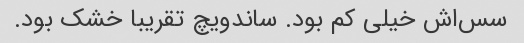
سس‌اش خیلی کم بود. ساندویچ تقریبا خشک بود.